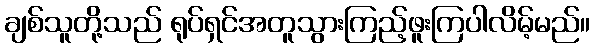
ချစ်သူတို့သည် ရုပ်ရှင်အတူသွားကြည့်ဖူးကြပါလိမ့်မည်။